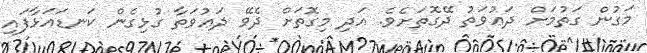
މަގުން ގަތުމަށް ދަޢުވަތު ދޭގޮތަށެވެ. އަދި މިގޮތަށް ދެވޭ ދަޢުވަތާ ގުޅިގެން ކަނޑައަޅާފައި